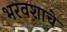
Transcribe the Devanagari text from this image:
भरवशाचे